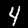
Digit: 4